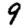
Digit: 9